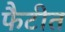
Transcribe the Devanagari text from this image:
फैटीत